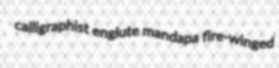
calligraphist englute mandapa fire-winged